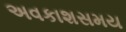
અવકાશસમય